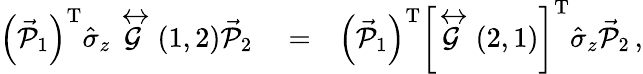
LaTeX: \begin{array}{rlr}{\left(\vec{\mathcal{P}}_{1}\right)^{\mathrm{T}}\hat{\sigma}_{z}\stackrel{\leftrightarrow}{\mathcal{G}}\left(1,2\right)\vec{\mathcal{P}}_{2}}&{{}=}&{\left(\vec{\mathcal{P}}_{1}\right)^{\mathrm{T}}\left\lbrack\stackrel{\leftrightarrow}{\mathcal{G}}\left(2,1\right)\right\rbrack^{\mathrm{T}}\hat{\sigma}_{z}\vec{\mathcal{P}}_{2}\, ,}\end{array}